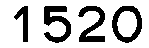
1520